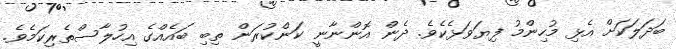
ބަދަލަކަށް އެޅި މުހިންމު ފިޔަަވަޅެކެވެ. ދެން އޮންނާނީ ކަންކުރަން ތިބި ބައެއްގެ އިހުލާސްތެރިކަމެވެ.